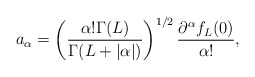
\begin{align*}a_{\alpha}=\left(\frac{\alpha!\Gamma(L)}{\Gamma(L+|\alpha|)}\right)^{1/2}\frac{\partial^{\alpha}f_L(0)}{\alpha!}, \end{align*}